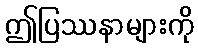
ဤပြဿနာများကို